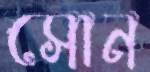
সোন